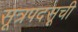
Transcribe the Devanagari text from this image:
सूत्रपदसूची